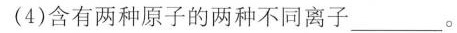
(4)含有两种原子的两种不同离子____。